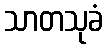
သာတသုခံ